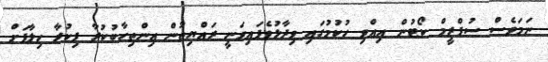
ނަމަވެސް ސުޕްރީމް ކޯޓުން އިއްވި ހުކުމުގައި ވިދާޅުވެފައިވަނީ ރައްޔިތުން އިންތިހާބުކުރާ ފިކުރާ ހިލާފަށް